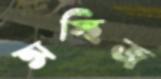
অস্থিজ